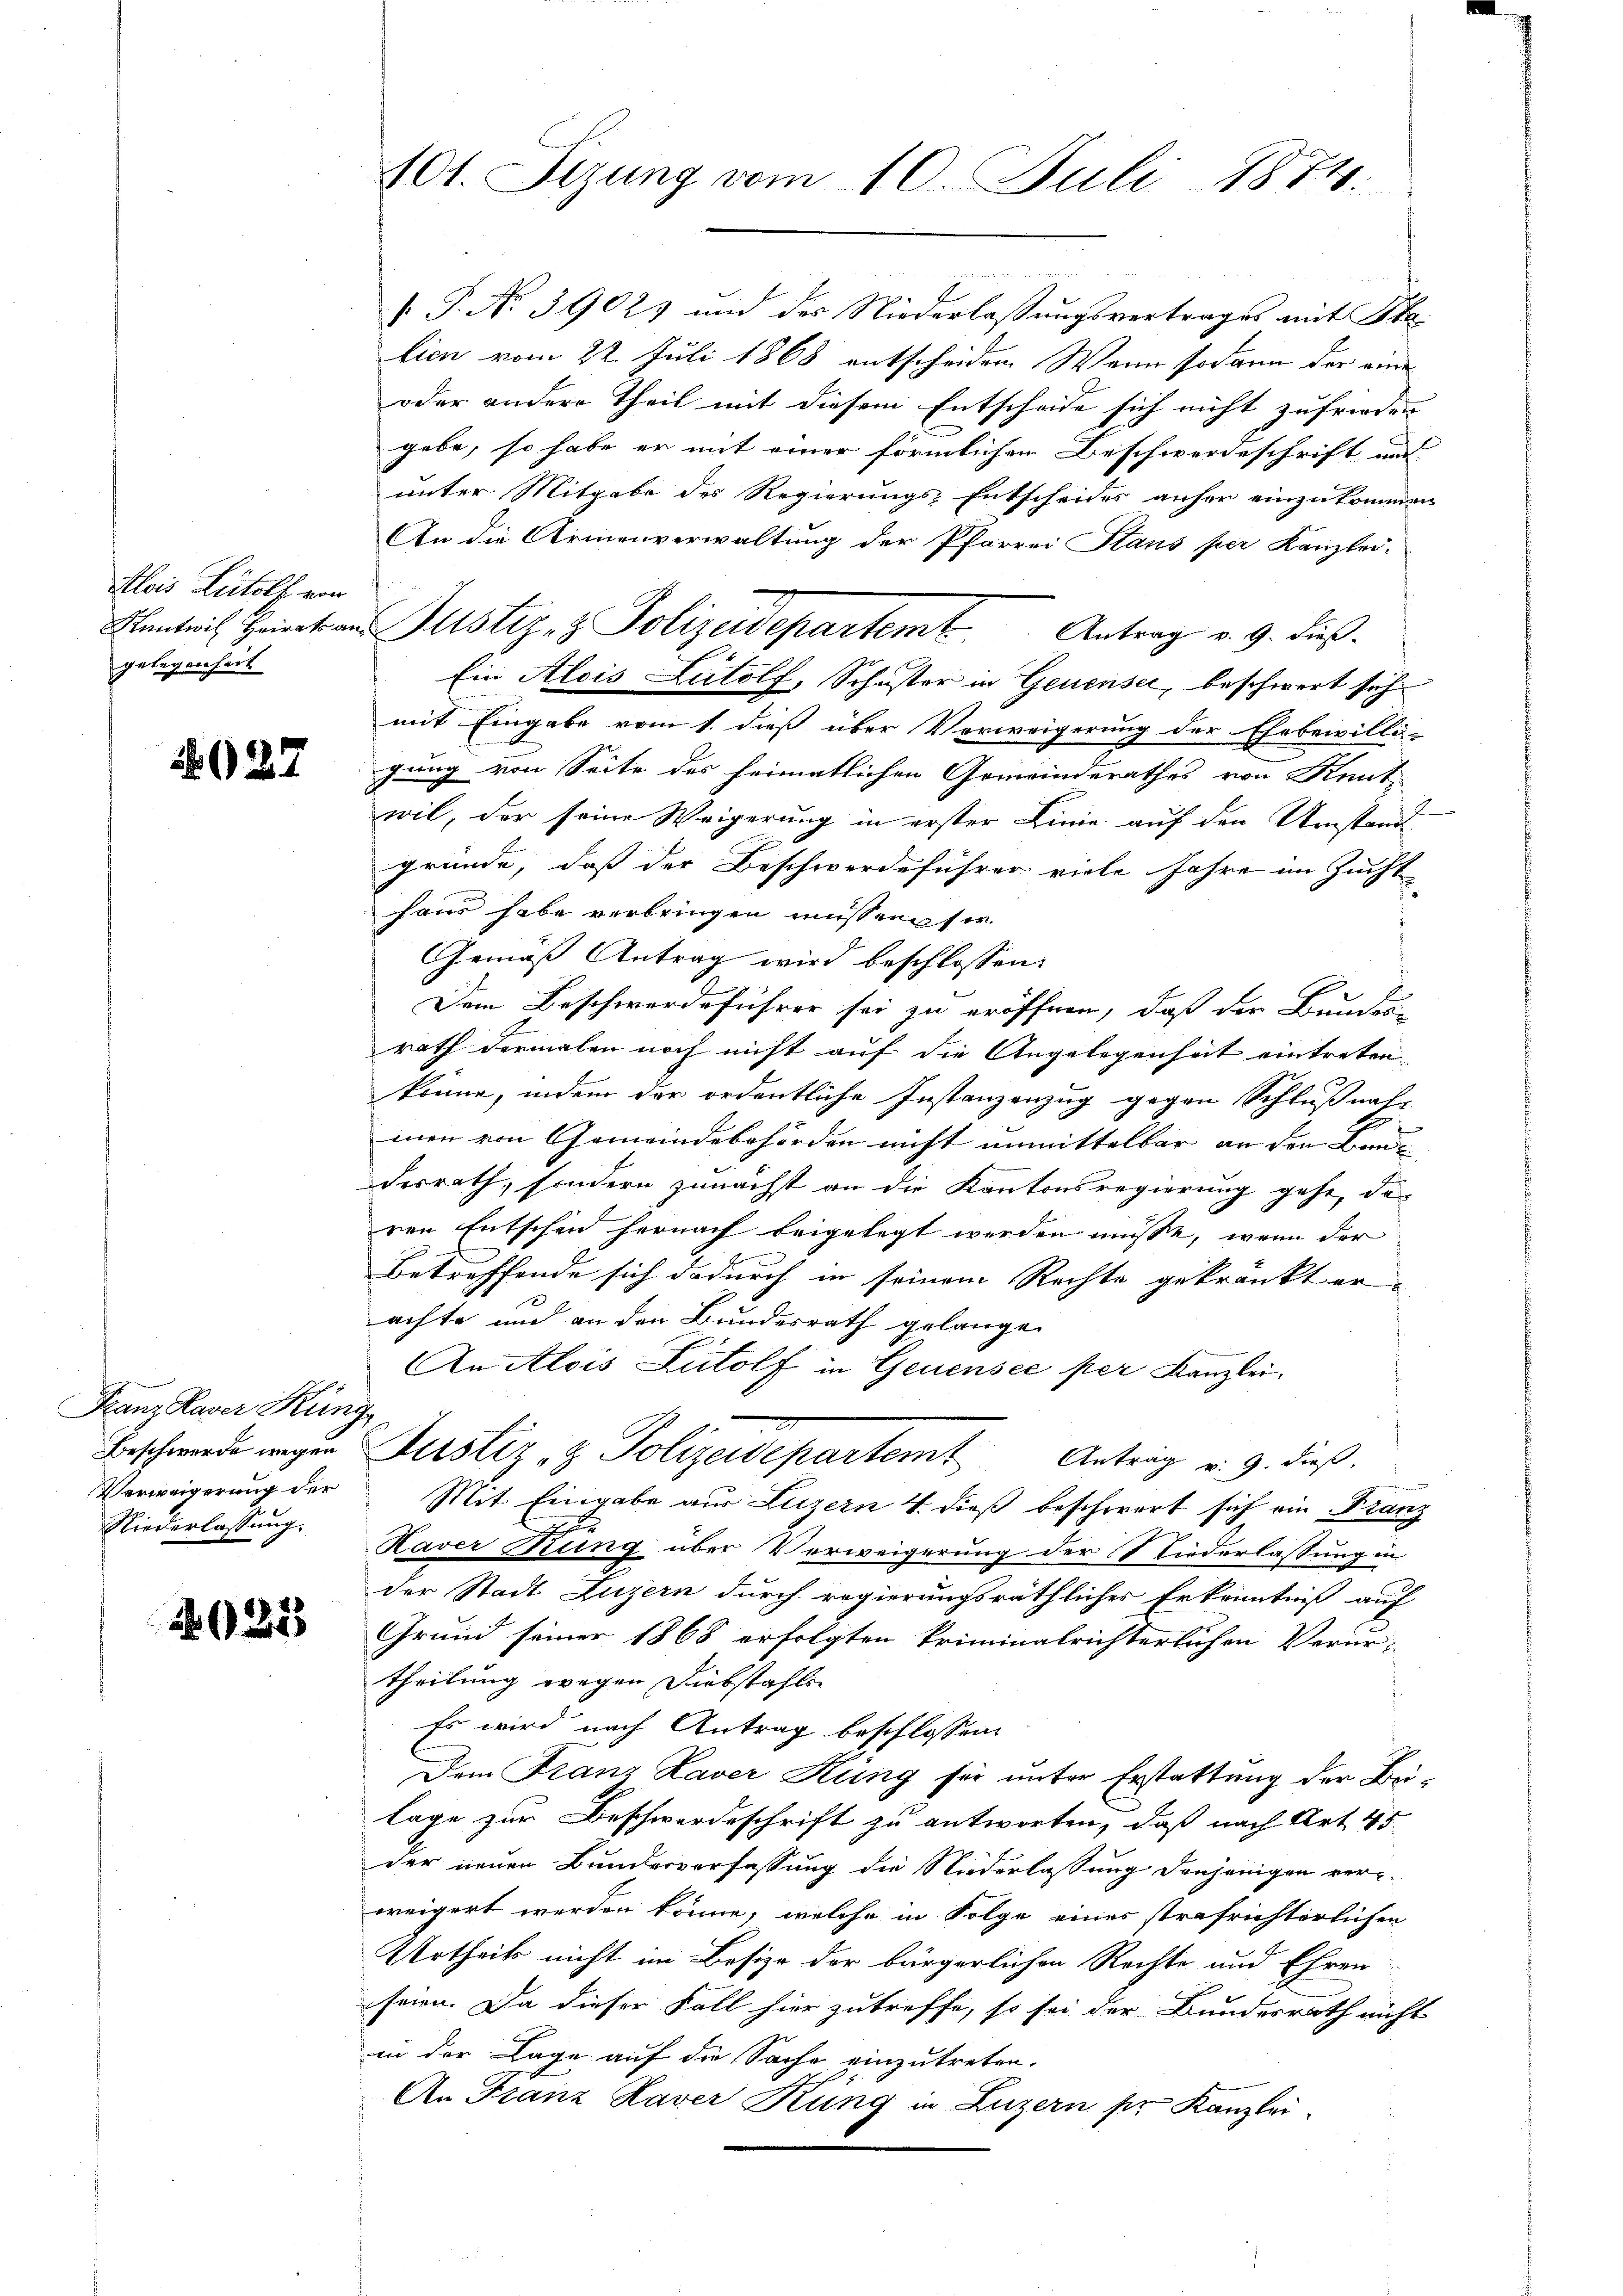
Alois Ludolf von
Kentwil Heirats an
gelegenheit

927

Franz Kaver Küng
Verweigerung der
Niederlassung.

4025)

101. Sizung vom 10. Juli 1874.

.P. No. 3902) und der Niederlaßungsvertrages mit Stalien vom 22. Juli 1868 entscheiden. Wenn sodann der eine
oder andere Theil mit diesem Entscheide sich nicht zufrieden
gebe, so habe er mit einer förmlichen Beschwerdeschrift und
unter Mitgabe des Regierungs-Entscheides anher einzukommen
An die Armenverwaltung der Pfarrei Stans per Kanzlei-
u Justiz- & Polizeidepartemt. Antrag v. 9. dies
Ein Alois Lutolf, Schuster in Genensei, beschwert sich
mit Eingabe vom 1. dieß über Verweigerung der Ehebewilli-
gung von Seite des heimatlichen Gemeinderathes von Kent-
wil, der seine Weigerung in erster Linie auf den Umstand
gründe, daß der Beschwerdeführer viele Jahre im Zucht
haus habe verbringen müssen sie
Gemäß Antrag wird beschlossen:
Dem Beschwerdeführer sei zu eröffnen, daß der Bunden
rath dermalen noch nicht auf die Angelegenheit eintreten
könne, indem der ordentliche Instanzenzug gegen Schlußnah-
men von Gemeindebehörden nicht unmittelbar an den Baue
desrath, sondern zunächst an die Kantonsregierung gehe, das
ren futschen hernach beigelegt werden müsse, wenn der
Betreffende sich dadurch in seinem Rechte gekränkt erachte und an den Bundesrath gelangen
J
An Alois Rudolf in Genensee per Kanzlei.
Beschwerde wegen Justiz & Polizeidepartem Antrag v. 9. dieß.
Mit Eingabe aus Luzern 4. dieß beschwert sich ein Franz
Kaver Stung über Verweigerung der Niederlassung in
der Stadt Luzern durch regierungsräthliches Erkenntniß auf
Grund seiner 1868 erfolgten kriminalrichterlichen Verurtheilung wegen Diebstahls
Es wird nach Antrag beschlossen:
Dem Franz Kaver Küng für unter Erstattung der Beilage zur Beschwerdeschrift zu antworten, daß nach Art. 45
der neuen Bundesverfassung die Niederlassung denjenigen ver-
weigert werden könne, welche in Folge eines strafrichterlichen
Urtheils nicht im Besize der bürgerlichen Rechte und Ehren
seien. Da dieser Fall hier zutreffe, so sei der Bundesrath nicht
in der Lage auf die Sache einzutreten.
An Franz Haver Küng in Luzern pr. Kanzlei.